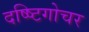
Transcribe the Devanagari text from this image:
दष्ष्टिगोचर